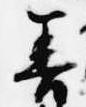
善